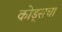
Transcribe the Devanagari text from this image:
कोड्सचा